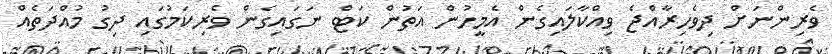
ވެރިންނަށް ދިވެހިރާއްޖެ ވިއްކާލައިގެން އެމީހުން އަތުން ކަޓް ނަގައިގެން ވެރިކަމުގައި ދިގު މުއްދަތެއް